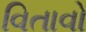
વિતાવો